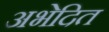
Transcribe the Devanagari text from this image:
अभेदित